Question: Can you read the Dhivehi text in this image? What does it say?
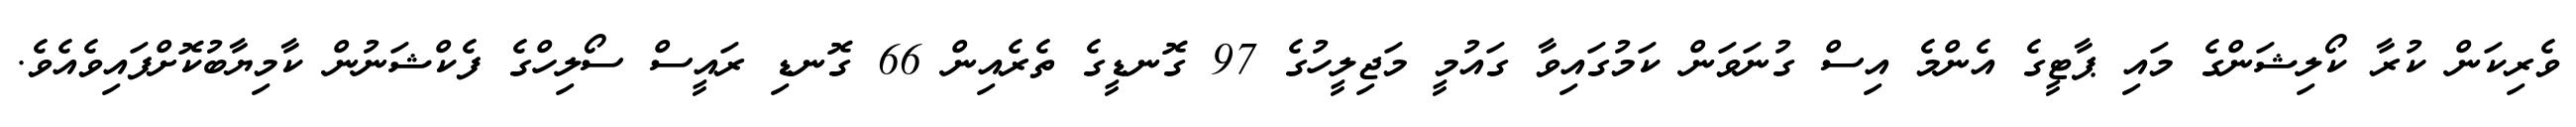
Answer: ވެރިކަން ކުރާ ކޯލިޝަންގެ މައި ޕާޓީގެ އެންމެ އިސް ގުނަވަން ކަމުގައިވާ ގައުމީ މަޖިލީހުގެ 97 ގޮނޑީގެ ތެރެއިން 66 ގޮނޑި ރައީސް ސޯލިހްގެ ފެކްޝަނުން ކާމިޔާބުކޮށްފައިވެއެވެ.